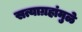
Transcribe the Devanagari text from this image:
सत्याग्रहांमुळे